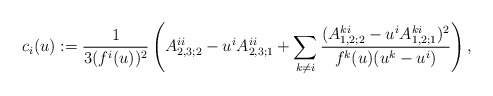
\begin{align*}c_i(u):=\frac{1}{3(f^i(u))^2}\left(A^{ii}_{2,3;2}-u^iA_{2,3;1}^{ii}+\sum_{k\not =i}\frac{(A^{ki}_{1,2;2}-u^iA^{ki}_{1,2;1})^2}{f^k(u)(u^k-u^i)}\right),\end{align*}